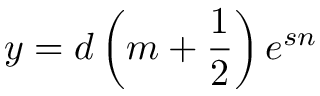
y = d \left( m + \frac { 1 } { 2 } \right) e ^ { s n }